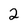
Character: 2